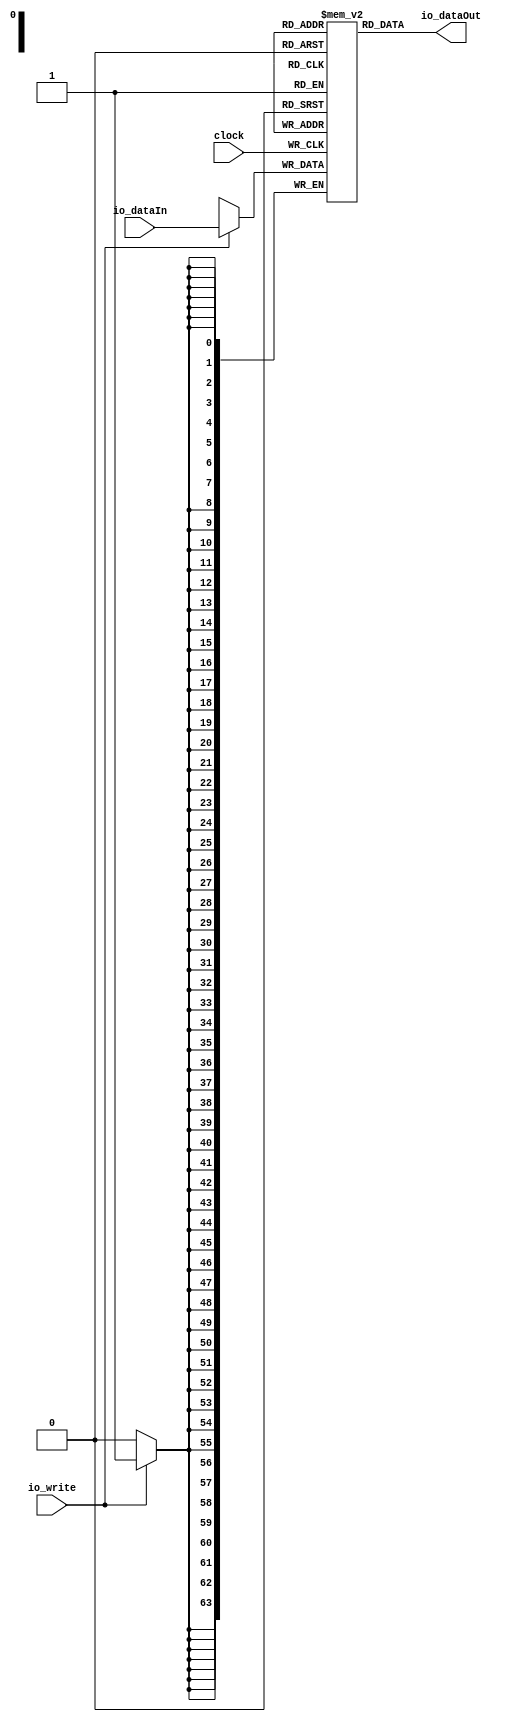
module RWSmem(
  input         clock,
  input         io_write,
  input  [63:0] io_dataIn,
  output [63:0] io_dataOut
);
`ifdef RANDOMIZE_MEM_INIT
  reg [63:0] _RAND_0;
`endif // RANDOMIZE_MEM_INIT
`ifdef RANDOMIZE_REG_INIT
  reg [31:0] _RAND_1;
  reg [31:0] _RAND_2;
`endif // RANDOMIZE_REG_INIT
  reg [63:0] mem [0:0]; // @[intervox_transmitter.scala 19:24]
  wire  mem_rdwrPort_r_en; // @[intervox_transmitter.scala 19:24]
  wire  mem_rdwrPort_r_addr; // @[intervox_transmitter.scala 19:24]
  wire [63:0] mem_rdwrPort_r_data; // @[intervox_transmitter.scala 19:24]
  wire [63:0] mem_rdwrPort_w_data; // @[intervox_transmitter.scala 19:24]
  wire  mem_rdwrPort_w_addr; // @[intervox_transmitter.scala 19:24]
  wire  mem_rdwrPort_w_mask; // @[intervox_transmitter.scala 19:24]
  wire  mem_rdwrPort_w_en; // @[intervox_transmitter.scala 19:24]
  reg  mem_rdwrPort_r_en_pipe_0;
  reg  mem_rdwrPort_r_addr_pipe_0;
  assign mem_rdwrPort_r_en = mem_rdwrPort_r_en_pipe_0;
  assign mem_rdwrPort_r_addr = mem_rdwrPort_r_addr_pipe_0;
  assign mem_rdwrPort_r_data = mem[mem_rdwrPort_r_addr]; // @[intervox_transmitter.scala 19:24]
  assign mem_rdwrPort_w_data = io_dataIn;
  assign mem_rdwrPort_w_addr = 1'h0;
  assign mem_rdwrPort_w_mask = io_write;
  assign mem_rdwrPort_w_en = 1'h1 & io_write;
  assign io_dataOut = mem_rdwrPort_r_data; // @[intervox_transmitter.scala 25:21 26:34]
  always @(posedge clock) begin
    if (mem_rdwrPort_w_en & mem_rdwrPort_w_mask) begin
      mem[mem_rdwrPort_w_addr] <= mem_rdwrPort_w_data; // @[intervox_transmitter.scala 19:24]
    end
    mem_rdwrPort_r_en_pipe_0 <= 1'h1 & ~io_write;
    if (1'h1 & ~io_write) begin
      mem_rdwrPort_r_addr_pipe_0 <= 1'h0;
    end
  end
// Register and memory initialization
`ifdef RANDOMIZE_GARBAGE_ASSIGN
`define RANDOMIZE
`endif
`ifdef RANDOMIZE_INVALID_ASSIGN
`define RANDOMIZE
`endif
`ifdef RANDOMIZE_REG_INIT
`define RANDOMIZE
`endif
`ifdef RANDOMIZE_MEM_INIT
`define RANDOMIZE
`endif
`ifndef RANDOM
`define RANDOM $random
`endif
`ifdef RANDOMIZE_MEM_INIT
  integer initvar;
`endif
`ifndef SYNTHESIS
`ifdef FIRRTL_BEFORE_INITIAL
`FIRRTL_BEFORE_INITIAL
`endif
initial begin
  `ifdef RANDOMIZE
    `ifdef INIT_RANDOM
      `INIT_RANDOM
    `endif
    `ifndef VERILATOR
      `ifdef RANDOMIZE_DELAY
        #`RANDOMIZE_DELAY begin end
      `else
        #0.002 begin end
      `endif
    `endif
`ifdef RANDOMIZE_MEM_INIT
  _RAND_0 = {2{`RANDOM}};
  for (initvar = 0; initvar < 1; initvar = initvar+1)
    mem[initvar] = _RAND_0[63:0];
`endif // RANDOMIZE_MEM_INIT
`ifdef RANDOMIZE_REG_INIT
  _RAND_1 = {1{`RANDOM}};
  mem_rdwrPort_r_en_pipe_0 = _RAND_1[0:0];
  _RAND_2 = {1{`RANDOM}};
  mem_rdwrPort_r_addr_pipe_0 = _RAND_2[0:0];
`endif // RANDOMIZE_REG_INIT
  `endif // RANDOMIZE
end // initial
`ifdef FIRRTL_AFTER_INITIAL
`FIRRTL_AFTER_INITIAL
`endif
`endif // SYNTHESIS
endmodule
module biPhaseEncoder(
  input         clock,
  input         reset,
  output        io_DATA_OUT,
  input  [63:0] io_AUDIOINPUT,
  input  [63:0] io_DSPINPUT,
  input         io_ENA,
  input         io_CLK
);
`ifdef RANDOMIZE_REG_INIT
  reg [31:0] _RAND_0;
  reg [63:0] _RAND_1;
  reg [31:0] _RAND_2;
  reg [31:0] _RAND_3;
  reg [31:0] _RAND_4;
  reg [31:0] _RAND_5;
  reg [31:0] _RAND_6;
  reg [31:0] _RAND_7;
`endif // RANDOMIZE_REG_INIT
  reg  outReg; // @[intervox_transmitter.scala 38:32]
  reg [63:0] stereoData; // @[intervox_transmitter.scala 39:32]
  reg [15:0] dspData; // @[intervox_transmitter.scala 40:32]
  reg [7:0] bitCntr_enc; // @[intervox_transmitter.scala 41:32]
  reg  hasNone; // @[intervox_transmitter.scala 42:32]
  reg [5:0] dataIndex; // @[intervox_transmitter.scala 44:32]
  reg  ndexR; // @[intervox_transmitter.scala 45:32]
  reg  enabled; // @[intervox_transmitter.scala 46:32]
  wire [7:0] _bitCntr_enc_T_1 = bitCntr_enc + 8'h1; // @[intervox_transmitter.scala 60:38]
  wire  _outReg_T = ~outReg; // @[intervox_transmitter.scala 70:23]
  wire  _GEN_0 = bitCntr_enc == 8'h3 ? ~outReg : outReg; // @[intervox_transmitter.scala 69:36 70:20 38:32]
  wire  _GEN_1 = bitCntr_enc == 8'h4 ? _outReg_T : _GEN_0; // @[intervox_transmitter.scala 73:36 74:20]
  wire  _GEN_2 = bitCntr_enc == 8'h5 ? _outReg_T : _GEN_1; // @[intervox_transmitter.scala 76:36 77:20]
  wire [5:0] _dataIndex_T_1 = dataIndex + 6'h1; // @[intervox_transmitter.scala 87:38]
  wire [5:0] _GEN_3 = ndexR ? _dataIndex_T_1 : dataIndex; // @[intervox_transmitter.scala 85:32 87:25 44:32]
  wire [5:0] _T_10 = 6'h3e - dataIndex; // @[intervox_transmitter.scala 106:41]
  wire [63:0] _T_11 = stereoData >> _T_10; // @[intervox_transmitter.scala 106:35]
  wire  _GEN_4 = ~_T_11[0] | hasNone; // @[intervox_transmitter.scala 106:66 108:29 42:32]
  wire  _GEN_5 = ndexR ? _GEN_4 : hasNone; // @[intervox_transmitter.scala 105:36 42:32]
  wire  _GEN_6 = bitCntr_enc < 8'h35 ? _GEN_5 : hasNone; // @[intervox_transmitter.scala 103:37 42:32]
  wire [5:0] _T_19 = dataIndex - 6'h18; // @[intervox_transmitter.scala 120:53]
  wire [5:0] _T_21 = 6'h26 - _T_19; // @[intervox_transmitter.scala 120:40]
  wire [63:0] _T_22 = stereoData >> _T_21; // @[intervox_transmitter.scala 120:33]
  wire  _GEN_7 = ~_T_22[0] | _GEN_6; // @[intervox_transmitter.scala 120:73 121:27]
  wire  _GEN_8 = ndexR ? _GEN_7 : _GEN_6; // @[intervox_transmitter.scala 119:34]
  wire  _GEN_9 = bitCntr_enc >= 8'h35 & bitCntr_enc < 8'h65 ? _GEN_8 : _GEN_6; // @[intervox_transmitter.scala 117:64]
  wire [5:0] _T_30 = dataIndex - 6'h30; // @[intervox_transmitter.scala 132:42]
  wire [15:0] _T_31 = dspData >> _T_30; // @[intervox_transmitter.scala 132:30]
  wire  _GEN_10 = ~_T_31[0] | _GEN_9; // @[intervox_transmitter.scala 132:62 133:27]
  wire  _GEN_11 = ndexR ? _GEN_10 : _GEN_9; // @[intervox_transmitter.scala 131:34]
  wire  _GEN_12 = bitCntr_enc >= 8'h65 & bitCntr_enc <= 8'h7f ? _GEN_11 : _GEN_9; // @[intervox_transmitter.scala 130:66]
  wire  _GEN_13 = hasNone ? outReg : _outReg_T; // @[intervox_transmitter.scala 143:34 145:22 150:24]
  wire  _GEN_14 = hasNone ? 1'h0 : _GEN_12; // @[intervox_transmitter.scala 143:34 146:23]
  wire [5:0] _GEN_16 = bitCntr_enc > 8'h5 ? _GEN_3 : dataIndex; // @[intervox_transmitter.scala 44:32 81:36]
  wire [63:0] _GEN_34 = reset ? 64'h0 : io_DSPINPUT; // @[intervox_transmitter.scala 40:{32,32} 51:17]
  assign io_DATA_OUT = outReg; // @[intervox_transmitter.scala 48:17]
  always @(posedge clock) begin
    if (reset) begin // @[intervox_transmitter.scala 38:32]
      outReg <= 1'h0; // @[intervox_transmitter.scala 38:32]
    end else if (io_CLK) begin // @[intervox_transmitter.scala 55:25]
      if (enabled) begin // @[intervox_transmitter.scala 57:28]
        if (bitCntr_enc > 8'h5) begin // @[intervox_transmitter.scala 81:36]
          outReg <= _GEN_13;
        end else begin
          outReg <= _GEN_2;
        end
      end
    end
    if (reset) begin // @[intervox_transmitter.scala 39:32]
      stereoData <= 64'h0; // @[intervox_transmitter.scala 39:32]
    end else begin
      stereoData <= io_AUDIOINPUT; // @[intervox_transmitter.scala 50:17]
    end
    dspData <= _GEN_34[15:0]; // @[intervox_transmitter.scala 40:{32,32} 51:17]
    if (reset) begin // @[intervox_transmitter.scala 41:32]
      bitCntr_enc <= 8'h0; // @[intervox_transmitter.scala 41:32]
    end else if (io_CLK) begin // @[intervox_transmitter.scala 55:25]
      if (enabled) begin // @[intervox_transmitter.scala 57:28]
        if (bitCntr_enc == 8'h7f) begin // @[intervox_transmitter.scala 155:38]
          bitCntr_enc <= 8'h0; // @[intervox_transmitter.scala 156:25]
        end else begin
          bitCntr_enc <= _bitCntr_enc_T_1; // @[intervox_transmitter.scala 60:23]
        end
      end
    end
    if (reset) begin // @[intervox_transmitter.scala 42:32]
      hasNone <= 1'h0; // @[intervox_transmitter.scala 42:32]
    end else if (io_CLK) begin // @[intervox_transmitter.scala 55:25]
      if (enabled) begin // @[intervox_transmitter.scala 57:28]
        if (bitCntr_enc > 8'h5) begin // @[intervox_transmitter.scala 81:36]
          hasNone <= _GEN_14;
        end
      end
    end
    if (reset) begin // @[intervox_transmitter.scala 44:32]
      dataIndex <= 6'h0; // @[intervox_transmitter.scala 44:32]
    end else if (io_CLK) begin // @[intervox_transmitter.scala 55:25]
      if (enabled) begin // @[intervox_transmitter.scala 57:28]
        if (bitCntr_enc == 8'h7f) begin // @[intervox_transmitter.scala 155:38]
          dataIndex <= 6'h0; // @[intervox_transmitter.scala 157:23]
        end else begin
          dataIndex <= _GEN_16;
        end
      end
    end
    if (reset) begin // @[intervox_transmitter.scala 45:32]
      ndexR <= 1'h0; // @[intervox_transmitter.scala 45:32]
    end else if (io_CLK) begin // @[intervox_transmitter.scala 55:25]
      if (enabled) begin // @[intervox_transmitter.scala 57:28]
        if (bitCntr_enc > 8'h5) begin // @[intervox_transmitter.scala 81:36]
          ndexR <= ~ndexR; // @[intervox_transmitter.scala 84:19]
        end
      end
    end
    if (reset) begin // @[intervox_transmitter.scala 46:32]
      enabled <= 1'h0; // @[intervox_transmitter.scala 46:32]
    end else if (io_CLK) begin // @[intervox_transmitter.scala 55:25]
      if (enabled) begin // @[intervox_transmitter.scala 57:28]
        if (bitCntr_enc == 8'h7f) begin // @[intervox_transmitter.scala 155:38]
          enabled <= 1'h0; // @[intervox_transmitter.scala 158:21]
        end else begin
          enabled <= io_ENA; // @[intervox_transmitter.scala 52:17]
        end
      end else begin
        enabled <= io_ENA; // @[intervox_transmitter.scala 52:17]
      end
    end else begin
      enabled <= io_ENA; // @[intervox_transmitter.scala 52:17]
    end
  end
// Register and memory initialization
`ifdef RANDOMIZE_GARBAGE_ASSIGN
`define RANDOMIZE
`endif
`ifdef RANDOMIZE_INVALID_ASSIGN
`define RANDOMIZE
`endif
`ifdef RANDOMIZE_REG_INIT
`define RANDOMIZE
`endif
`ifdef RANDOMIZE_MEM_INIT
`define RANDOMIZE
`endif
`ifndef RANDOM
`define RANDOM $random
`endif
`ifdef RANDOMIZE_MEM_INIT
  integer initvar;
`endif
`ifndef SYNTHESIS
`ifdef FIRRTL_BEFORE_INITIAL
`FIRRTL_BEFORE_INITIAL
`endif
initial begin
  `ifdef RANDOMIZE
    `ifdef INIT_RANDOM
      `INIT_RANDOM
    `endif
    `ifndef VERILATOR
      `ifdef RANDOMIZE_DELAY
        #`RANDOMIZE_DELAY begin end
      `else
        #0.002 begin end
      `endif
    `endif
`ifdef RANDOMIZE_REG_INIT
  _RAND_0 = {1{`RANDOM}};
  outReg = _RAND_0[0:0];
  _RAND_1 = {2{`RANDOM}};
  stereoData = _RAND_1[63:0];
  _RAND_2 = {1{`RANDOM}};
  dspData = _RAND_2[15:0];
  _RAND_3 = {1{`RANDOM}};
  bitCntr_enc = _RAND_3[7:0];
  _RAND_4 = {1{`RANDOM}};
  hasNone = _RAND_4[0:0];
  _RAND_5 = {1{`RANDOM}};
  dataIndex = _RAND_5[5:0];
  _RAND_6 = {1{`RANDOM}};
  ndexR = _RAND_6[0:0];
  _RAND_7 = {1{`RANDOM}};
  enabled = _RAND_7[0:0];
`endif // RANDOMIZE_REG_INIT
  `endif // RANDOMIZE
end // initial
`ifdef FIRRTL_AFTER_INITIAL
`FIRRTL_AFTER_INITIAL
`endif
`endif // SYNTHESIS
endmodule
module edgeDetector(
  input   clock,
  input   reset,
  input   io_INPUT,
  output  io_TRAIL,
  output  io_RISE,
  output  io_CHANGE
);
`ifdef RANDOMIZE_REG_INIT
  reg [31:0] _RAND_0;
  reg [31:0] _RAND_1;
  reg [31:0] _RAND_2;
  reg [31:0] _RAND_3;
  reg [31:0] _RAND_4;
`endif // RANDOMIZE_REG_INIT
  reg [1:0] inBufr; // @[intervox_transmitter.scala 172:34]
  reg [1:0] inBufrPrev; // @[intervox_transmitter.scala 173:34]
  reg  trailing; // @[intervox_transmitter.scala 174:34]
  reg  rising; // @[intervox_transmitter.scala 175:34]
  reg  change; // @[intervox_transmitter.scala 176:34]
  wire [1:0] _inBufr_T_1 = inBufr + 2'h1; // @[intervox_transmitter.scala 186:35]
  wire [1:0] _inBufr_T_3 = inBufr - 2'h1; // @[intervox_transmitter.scala 193:35]
  wire  _GEN_8 = inBufr[0] ^ inBufr[1] | change; // @[intervox_transmitter.scala 199:36 200:17 176:34]
  wire  _T_8 = inBufr == 2'h1; // @[intervox_transmitter.scala 203:41]
  wire  _GEN_9 = inBufrPrev == 2'h0 & inBufr == 2'h1 ? 1'h0 : trailing; // @[intervox_transmitter.scala 203:50 204:17 174:34]
  wire  _GEN_10 = inBufrPrev == 2'h0 & inBufr == 2'h1 | rising; // @[intervox_transmitter.scala 203:50 205:17 175:34]
  wire  _GEN_11 = inBufrPrev == 2'h0 & inBufr == 2'h1 | _GEN_8; // @[intervox_transmitter.scala 203:50 206:17]
  wire  _GEN_12 = inBufrPrev == 2'h2 & _T_8 | _GEN_9; // @[intervox_transmitter.scala 209:50 210:17]
  wire  _GEN_14 = inBufrPrev == 2'h2 & _T_8 | _GEN_11; // @[intervox_transmitter.scala 209:50 212:17]
  assign io_TRAIL = trailing; // @[intervox_transmitter.scala 223:13]
  assign io_RISE = rising; // @[intervox_transmitter.scala 224:13]
  assign io_CHANGE = change; // @[intervox_transmitter.scala 222:13]
  always @(posedge clock) begin
    if (reset) begin // @[intervox_transmitter.scala 172:34]
      inBufr <= 2'h0; // @[intervox_transmitter.scala 172:34]
    end else if (io_INPUT) begin // @[intervox_transmitter.scala 182:21]
      if (inBufr < 2'h2) begin // @[intervox_transmitter.scala 184:27]
        inBufr <= _inBufr_T_1; // @[intervox_transmitter.scala 186:25]
      end
    end else if (~io_INPUT) begin // @[intervox_transmitter.scala 182:21]
      if (inBufr > 2'h0) begin // @[intervox_transmitter.scala 191:27]
        inBufr <= _inBufr_T_3; // @[intervox_transmitter.scala 193:25]
      end
    end
    if (reset) begin // @[intervox_transmitter.scala 173:34]
      inBufrPrev <= 2'h0; // @[intervox_transmitter.scala 173:34]
    end else if (io_INPUT) begin // @[intervox_transmitter.scala 182:21]
      if (inBufr < 2'h2) begin // @[intervox_transmitter.scala 184:27]
        inBufrPrev <= inBufr; // @[intervox_transmitter.scala 187:25]
      end
    end else if (~io_INPUT) begin // @[intervox_transmitter.scala 182:21]
      if (inBufr > 2'h0) begin // @[intervox_transmitter.scala 191:27]
        inBufrPrev <= inBufr; // @[intervox_transmitter.scala 194:25]
      end
    end
    if (reset) begin // @[intervox_transmitter.scala 174:34]
      trailing <= 1'h0; // @[intervox_transmitter.scala 174:34]
    end else if (trailing) begin // @[intervox_transmitter.scala 215:27]
      trailing <= 1'h0; // @[intervox_transmitter.scala 215:37]
    end else begin
      trailing <= _GEN_12;
    end
    if (reset) begin // @[intervox_transmitter.scala 175:34]
      rising <= 1'h0; // @[intervox_transmitter.scala 175:34]
    end else if (rising) begin // @[intervox_transmitter.scala 216:27]
      rising <= 1'h0; // @[intervox_transmitter.scala 216:37]
    end else if (inBufrPrev == 2'h2 & _T_8) begin // @[intervox_transmitter.scala 209:50]
      rising <= 1'h0; // @[intervox_transmitter.scala 211:17]
    end else begin
      rising <= _GEN_10;
    end
    if (reset) begin // @[intervox_transmitter.scala 176:34]
      change <= 1'h0; // @[intervox_transmitter.scala 176:34]
    end else if (change) begin // @[intervox_transmitter.scala 218:25]
      change <= 1'h0; // @[intervox_transmitter.scala 219:16]
    end else begin
      change <= _GEN_14;
    end
  end
// Register and memory initialization
`ifdef RANDOMIZE_GARBAGE_ASSIGN
`define RANDOMIZE
`endif
`ifdef RANDOMIZE_INVALID_ASSIGN
`define RANDOMIZE
`endif
`ifdef RANDOMIZE_REG_INIT
`define RANDOMIZE
`endif
`ifdef RANDOMIZE_MEM_INIT
`define RANDOMIZE
`endif
`ifndef RANDOM
`define RANDOM $random
`endif
`ifdef RANDOMIZE_MEM_INIT
  integer initvar;
`endif
`ifndef SYNTHESIS
`ifdef FIRRTL_BEFORE_INITIAL
`FIRRTL_BEFORE_INITIAL
`endif
initial begin
  `ifdef RANDOMIZE
    `ifdef INIT_RANDOM
      `INIT_RANDOM
    `endif
    `ifndef VERILATOR
      `ifdef RANDOMIZE_DELAY
        #`RANDOMIZE_DELAY begin end
      `else
        #0.002 begin end
      `endif
    `endif
`ifdef RANDOMIZE_REG_INIT
  _RAND_0 = {1{`RANDOM}};
  inBufr = _RAND_0[1:0];
  _RAND_1 = {1{`RANDOM}};
  inBufrPrev = _RAND_1[1:0];
  _RAND_2 = {1{`RANDOM}};
  trailing = _RAND_2[0:0];
  _RAND_3 = {1{`RANDOM}};
  rising = _RAND_3[0:0];
  _RAND_4 = {1{`RANDOM}};
  change = _RAND_4[0:0];
`endif // RANDOMIZE_REG_INIT
  `endif // RANDOMIZE
end // initial
`ifdef FIRRTL_AFTER_INITIAL
`FIRRTL_AFTER_INITIAL
`endif
`endif // SYNTHESIS
endmodule
module interVox_Encoder(
  input         clock,
  input         reset,
  output        io_MCLK_O,
  input         io_BCLK_IN,
  input         io_LRCLK_IN,
  input         io_SDATA_IN,
  output        io_DATA_O,
  output        io_LRCLK_O,
  output        io_BCLK_O,
  output        io_SDATA_O,
  output        io_NXT_FRAME,
  input  [15:0] io_SW,
  output [15:0] io_LED,
  input         io_BTN_C,
  input         io_BTN_D,
  input         io_BTN_L,
  input         io_BTN_R
);
`ifdef RANDOMIZE_REG_INIT
  reg [31:0] _RAND_0;
  reg [31:0] _RAND_1;
  reg [31:0] _RAND_2;
  reg [31:0] _RAND_3;
  reg [31:0] _RAND_4;
  reg [31:0] _RAND_5;
  reg [31:0] _RAND_6;
  reg [31:0] _RAND_7;
  reg [31:0] _RAND_8;
`endif // RANDOMIZE_REG_INIT
  wire  BFR_clock; // @[intervox_transmitter.scala 266:33]
  wire  BFR_io_write; // @[intervox_transmitter.scala 266:33]
  wire [63:0] BFR_io_dataIn; // @[intervox_transmitter.scala 266:33]
  wire [63:0] BFR_io_dataOut; // @[intervox_transmitter.scala 266:33]
  wire  BFR1_clock; // @[intervox_transmitter.scala 267:33]
  wire  BFR1_io_write; // @[intervox_transmitter.scala 267:33]
  wire [63:0] BFR1_io_dataIn; // @[intervox_transmitter.scala 267:33]
  wire [63:0] BFR1_io_dataOut; // @[intervox_transmitter.scala 267:33]
  wire  biPhaseEncoder_clock; // @[intervox_transmitter.scala 269:35]
  wire  biPhaseEncoder_reset; // @[intervox_transmitter.scala 269:35]
  wire  biPhaseEncoder_io_DATA_OUT; // @[intervox_transmitter.scala 269:35]
  wire [63:0] biPhaseEncoder_io_AUDIOINPUT; // @[intervox_transmitter.scala 269:35]
  wire [63:0] biPhaseEncoder_io_DSPINPUT; // @[intervox_transmitter.scala 269:35]
  wire  biPhaseEncoder_io_ENA; // @[intervox_transmitter.scala 269:35]
  wire  biPhaseEncoder_io_CLK; // @[intervox_transmitter.scala 269:35]
  wire  LREDGE_clock; // @[intervox_transmitter.scala 271:33]
  wire  LREDGE_reset; // @[intervox_transmitter.scala 271:33]
  wire  LREDGE_io_INPUT; // @[intervox_transmitter.scala 271:33]
  wire  LREDGE_io_TRAIL; // @[intervox_transmitter.scala 271:33]
  wire  LREDGE_io_RISE; // @[intervox_transmitter.scala 271:33]
  wire  LREDGE_io_CHANGE; // @[intervox_transmitter.scala 271:33]
  wire  BCLKEDGE_clock; // @[intervox_transmitter.scala 273:33]
  wire  BCLKEDGE_reset; // @[intervox_transmitter.scala 273:33]
  wire  BCLKEDGE_io_INPUT; // @[intervox_transmitter.scala 273:33]
  wire  BCLKEDGE_io_TRAIL; // @[intervox_transmitter.scala 273:33]
  wire  BCLKEDGE_io_RISE; // @[intervox_transmitter.scala 273:33]
  wire  BCLKEDGE_io_CHANGE; // @[intervox_transmitter.scala 273:33]
  wire  DATAEDGE_clock; // @[intervox_transmitter.scala 275:33]
  wire  DATAEDGE_reset; // @[intervox_transmitter.scala 275:33]
  wire  DATAEDGE_io_INPUT; // @[intervox_transmitter.scala 275:33]
  wire  DATAEDGE_io_TRAIL; // @[intervox_transmitter.scala 275:33]
  wire  DATAEDGE_io_RISE; // @[intervox_transmitter.scala 275:33]
  wire  DATAEDGE_io_CHANGE; // @[intervox_transmitter.scala 275:33]
  reg [1:0] currentState; // @[intervox_transmitter.scala 248:33]
  reg  syncing; // @[intervox_transmitter.scala 250:34]
  reg  synced; // @[intervox_transmitter.scala 251:34]
  reg  biPhaseEna; // @[intervox_transmitter.scala 252:34]
  reg [15:0] leds; // @[intervox_transmitter.scala 255:34]
  reg [15:0] left; // @[intervox_transmitter.scala 256:34]
  reg [15:0] right; // @[intervox_transmitter.scala 257:34]
  reg [15:0] dspData; // @[intervox_transmitter.scala 258:34]
  reg [7:0] bitCntr; // @[intervox_transmitter.scala 264:34]
  wire  _GEN_0 = LREDGE_io_TRAIL | syncing; // @[intervox_transmitter.scala 323:34 324:15 250:34]
  wire [7:0] _bitCntr_T_1 = bitCntr + 8'h1; // @[intervox_transmitter.scala 327:30]
  wire  _GEN_1 = LREDGE_io_RISE | synced; // @[intervox_transmitter.scala 329:35 330:19 251:34]
  wire [7:0] _GEN_2 = LREDGE_io_RISE ? 8'h0 : _bitCntr_T_1; // @[intervox_transmitter.scala 327:19 329:35 331:19]
  wire [7:0] _GEN_3 = syncing ? _GEN_2 : bitCntr; // @[intervox_transmitter.scala 326:27 264:34]
  wire [7:0] _GEN_6 = ~synced ? _GEN_3 : bitCntr; // @[intervox_transmitter.scala 321:23 264:34]
  wire  _T_8 = BCLKEDGE_io_RISE; // @[intervox_transmitter.scala 365:31]
  wire  _T_11 = ~io_SDATA_IN; // @[intervox_transmitter.scala 387:33]
  wire [7:0] _BFR_io_dataIn_T_1 = bitCntr - 8'h1e; // @[intervox_transmitter.scala 391:80]
  wire [7:0] _BFR_io_dataIn_T_3 = 8'h27 - _BFR_io_dataIn_T_1; // @[intervox_transmitter.scala 391:69]
  wire [255:0] _BFR_io_dataIn_T_4 = 256'h0 << _BFR_io_dataIn_T_3; // @[intervox_transmitter.scala 391:60]
  wire [255:0] _GEN_89 = {{192'd0}, BFR_io_dataOut}; // @[intervox_transmitter.scala 391:53]
  wire [255:0] _BFR_io_dataIn_T_5 = _GEN_89 | _BFR_io_dataIn_T_4; // @[intervox_transmitter.scala 391:53]
  wire [255:0] _GEN_8 = ~io_SDATA_IN ? _BFR_io_dataIn_T_5 : 256'h0; // @[intervox_transmitter.scala 290:25 387:42 391:35]
  wire [255:0] _BFR_io_dataIn_T_10 = 256'h1 << _BFR_io_dataIn_T_3; // @[intervox_transmitter.scala 394:60]
  wire [255:0] _BFR_io_dataIn_T_11 = _GEN_89 | _BFR_io_dataIn_T_10; // @[intervox_transmitter.scala 394:53]
  wire [255:0] _GEN_9 = io_SDATA_IN ? _BFR_io_dataIn_T_11 : _GEN_8; // @[intervox_transmitter.scala 393:42 394:35]
  wire [7:0] _BFR_io_dataIn_T_15 = 8'h3f - _bitCntr_T_1; // @[intervox_transmitter.scala 402:69]
  wire [255:0] _BFR_io_dataIn_T_16 = 256'h0 << _BFR_io_dataIn_T_15; // @[intervox_transmitter.scala 402:60]
  wire [255:0] _BFR_io_dataIn_T_17 = _GEN_89 | _BFR_io_dataIn_T_16; // @[intervox_transmitter.scala 402:53]
  wire [255:0] _GEN_10 = _T_11 ? _BFR_io_dataIn_T_17 : 256'h0; // @[intervox_transmitter.scala 290:25 399:43 402:35]
  wire [255:0] _BFR_io_dataIn_T_22 = 256'h1 << _BFR_io_dataIn_T_15; // @[intervox_transmitter.scala 405:61]
  wire [255:0] _BFR_io_dataIn_T_23 = _GEN_89 | _BFR_io_dataIn_T_22; // @[intervox_transmitter.scala 405:53]
  wire [255:0] _GEN_11 = io_SDATA_IN ? _BFR_io_dataIn_T_23 : _GEN_10; // @[intervox_transmitter.scala 404:42 405:35]
  wire [255:0] _GEN_13 = bitCntr > 8'h1f ? _GEN_9 : _GEN_11; // @[intervox_transmitter.scala 383:33]
  wire [15:0] _GEN_14 = io_BTN_L ? io_SW : left; // @[intervox_transmitter.scala 416:35 418:23 256:34]
  wire [15:0] _GEN_15 = io_BTN_L ? left : leds; // @[intervox_transmitter.scala 416:35 419:23 255:34]
  wire [15:0] _GEN_16 = io_BTN_R ? io_SW : right; // @[intervox_transmitter.scala 421:35 423:23 257:34]
  wire [15:0] _GEN_17 = io_BTN_R ? right : _GEN_15; // @[intervox_transmitter.scala 421:35 424:23]
  wire [15:0] _GEN_18 = io_BTN_C ? io_SW : dspData; // @[intervox_transmitter.scala 426:35 428:23 258:34]
  wire [15:0] _GEN_19 = io_BTN_C ? dspData : _GEN_17; // @[intervox_transmitter.scala 426:35 429:23]
  wire [62:0] _GEN_93 = {left, 47'h0}; // @[intervox_transmitter.scala 436:36]
  wire [78:0] _BFR_io_dataIn_T_24 = {{16'd0}, _GEN_93}; // @[intervox_transmitter.scala 436:36]
  wire [38:0] _GEN_94 = {right, 23'h0}; // @[intervox_transmitter.scala 436:56]
  wire [46:0] _BFR_io_dataIn_T_25 = {{8'd0}, _GEN_94}; // @[intervox_transmitter.scala 436:56]
  wire [78:0] _GEN_95 = {{32'd0}, _BFR_io_dataIn_T_25}; // @[intervox_transmitter.scala 436:47]
  wire [78:0] _BFR_io_dataIn_T_26 = _BFR_io_dataIn_T_24 | _GEN_95; // @[intervox_transmitter.scala 436:47]
  wire [255:0] _GEN_21 = io_SW == 16'h0 ? _GEN_13 : {{177'd0}, _BFR_io_dataIn_T_26}; // @[intervox_transmitter.scala 381:30 436:27]
  wire [15:0] _GEN_22 = io_SW == 16'h0 ? left : _GEN_14; // @[intervox_transmitter.scala 381:30 256:34]
  wire [15:0] _GEN_23 = io_SW == 16'h0 ? leds : _GEN_19; // @[intervox_transmitter.scala 381:30 255:34]
  wire [15:0] _GEN_24 = io_SW == 16'h0 ? right : _GEN_16; // @[intervox_transmitter.scala 381:30 257:34]
  wire [15:0] _GEN_25 = io_SW == 16'h0 ? dspData : _GEN_18; // @[intervox_transmitter.scala 381:30 258:34]
  wire  _T_18 = bitCntr == 8'h3f; // @[intervox_transmitter.scala 439:24]
  wire [63:0] _leds_T = {{47'd0}, BFR1_io_dataOut[63:47]}; // @[intervox_transmitter.scala 455:40]
  wire [63:0] _leds_T_1 = _leds_T & 64'hffff; // @[intervox_transmitter.scala 455:49]
  wire [63:0] _GEN_26 = io_BTN_D ? _leds_T_1 : {{48'd0}, _GEN_23}; // @[intervox_transmitter.scala 453:35 455:20]
  wire [63:0] _GEN_29 = BFR_io_dataOut; // @[intervox_transmitter.scala 294:25 439:33 445:32]
  wire [255:0] _GEN_30 = bitCntr == 8'h3f ? 256'h0 : _GEN_21; // @[intervox_transmitter.scala 439:33 449:28]
  wire [63:0] _GEN_31 = bitCntr == 8'h3f ? _GEN_26 : {{48'd0}, _GEN_23}; // @[intervox_transmitter.scala 439:33]
  wire [7:0] _GEN_32 = bitCntr == 8'h3f ? 8'h0 : _bitCntr_T_1; // @[intervox_transmitter.scala 371:19 439:33 458:21]
  wire  _GEN_33 = BCLKEDGE_io_RISE | biPhaseEna; // @[intervox_transmitter.scala 365:39 368:23 252:34]
  wire [7:0] _GEN_34 = BCLKEDGE_io_RISE ? _GEN_32 : _GEN_6; // @[intervox_transmitter.scala 365:39]
  wire [255:0] _GEN_36 = BCLKEDGE_io_RISE ? _GEN_30 : 256'h0; // @[intervox_transmitter.scala 290:25 365:39]
  wire [15:0] _GEN_37 = BCLKEDGE_io_RISE ? _GEN_22 : left; // @[intervox_transmitter.scala 256:34 365:39]
  wire [63:0] _GEN_38 = BCLKEDGE_io_RISE ? _GEN_31 : {{48'd0}, leds}; // @[intervox_transmitter.scala 255:34 365:39]
  wire [15:0] _GEN_39 = BCLKEDGE_io_RISE ? _GEN_24 : right; // @[intervox_transmitter.scala 257:34 365:39]
  wire [15:0] _GEN_40 = BCLKEDGE_io_RISE ? _GEN_25 : dspData; // @[intervox_transmitter.scala 258:34 365:39]
  wire  _GEN_41 = BCLKEDGE_io_RISE & _T_18; // @[intervox_transmitter.scala 293:25 365:39]
  wire [63:0] _GEN_42 = BCLKEDGE_io_RISE ? _GEN_29 : BFR_io_dataOut; // @[intervox_transmitter.scala 294:25 365:39]
  wire  _GEN_44 = synced ? _GEN_33 : biPhaseEna; // @[intervox_transmitter.scala 355:29 252:34]
  wire [7:0] _GEN_45 = synced ? _GEN_34 : _GEN_6; // @[intervox_transmitter.scala 355:29]
  wire  _GEN_46 = synced & _T_8; // @[intervox_transmitter.scala 289:25 355:29]
  wire [255:0] _GEN_47 = synced ? _GEN_36 : 256'h0; // @[intervox_transmitter.scala 290:25 355:29]
  wire [15:0] _GEN_48 = synced ? _GEN_37 : left; // @[intervox_transmitter.scala 355:29 256:34]
  wire [63:0] _GEN_49 = synced ? _GEN_38 : {{48'd0}, leds}; // @[intervox_transmitter.scala 355:29 255:34]
  wire [15:0] _GEN_50 = synced ? _GEN_39 : right; // @[intervox_transmitter.scala 355:29 257:34]
  wire [15:0] _GEN_51 = synced ? _GEN_40 : dspData; // @[intervox_transmitter.scala 355:29 258:34]
  wire  _GEN_52 = synced & _GEN_41; // @[intervox_transmitter.scala 293:25 355:29]
  wire [63:0] _GEN_53 = synced ? _GEN_42 : BFR_io_dataOut; // @[intervox_transmitter.scala 294:25 355:29]
  wire [255:0] _GEN_58 = 2'h2 == currentState ? _GEN_47 : 256'h0; // @[intervox_transmitter.scala 343:23 290:25]
  wire [63:0] _GEN_60 = 2'h2 == currentState ? _GEN_49 : {{48'd0}, leds}; // @[intervox_transmitter.scala 343:23 255:34]
  wire [63:0] _GEN_64 = 2'h2 == currentState ? _GEN_53 : BFR_io_dataOut; // @[intervox_transmitter.scala 343:23 294:25]
  wire  _GEN_69 = 2'h1 == currentState ? 1'h0 : 2'h2 == currentState & _GEN_46; // @[intervox_transmitter.scala 343:23 289:25]
  wire [255:0] _GEN_70 = 2'h1 == currentState ? 256'h0 : _GEN_58; // @[intervox_transmitter.scala 343:23 290:25]
  wire [63:0] _GEN_72 = 2'h1 == currentState ? {{48'd0}, leds} : _GEN_60; // @[intervox_transmitter.scala 343:23 255:34]
  wire  _GEN_75 = 2'h1 == currentState ? 1'h0 : 2'h2 == currentState & _GEN_52; // @[intervox_transmitter.scala 343:23 293:25]
  wire [63:0] _GEN_76 = 2'h1 == currentState ? BFR_io_dataOut : _GEN_64; // @[intervox_transmitter.scala 343:23 294:25]
  wire [255:0] _GEN_82 = 2'h0 == currentState ? 256'h0 : _GEN_70; // @[intervox_transmitter.scala 343:23 290:25]
  wire [63:0] _GEN_84 = 2'h0 == currentState ? {{48'd0}, leds} : _GEN_72; // @[intervox_transmitter.scala 343:23 255:34]
  wire [63:0] _GEN_97 = reset ? 64'h0 : _GEN_84; // @[intervox_transmitter.scala 255:{34,34}]
  RWSmem BFR ( // @[intervox_transmitter.scala 266:33]
    .clock(BFR_clock),
    .io_write(BFR_io_write),
    .io_dataIn(BFR_io_dataIn),
    .io_dataOut(BFR_io_dataOut)
  );
  RWSmem BFR1 ( // @[intervox_transmitter.scala 267:33]
    .clock(BFR1_clock),
    .io_write(BFR1_io_write),
    .io_dataIn(BFR1_io_dataIn),
    .io_dataOut(BFR1_io_dataOut)
  );
  biPhaseEncoder biPhaseEncoder ( // @[intervox_transmitter.scala 269:35]
    .clock(biPhaseEncoder_clock),
    .reset(biPhaseEncoder_reset),
    .io_DATA_OUT(biPhaseEncoder_io_DATA_OUT),
    .io_AUDIOINPUT(biPhaseEncoder_io_AUDIOINPUT),
    .io_DSPINPUT(biPhaseEncoder_io_DSPINPUT),
    .io_ENA(biPhaseEncoder_io_ENA),
    .io_CLK(biPhaseEncoder_io_CLK)
  );
  edgeDetector LREDGE ( // @[intervox_transmitter.scala 271:33]
    .clock(LREDGE_clock),
    .reset(LREDGE_reset),
    .io_INPUT(LREDGE_io_INPUT),
    .io_TRAIL(LREDGE_io_TRAIL),
    .io_RISE(LREDGE_io_RISE),
    .io_CHANGE(LREDGE_io_CHANGE)
  );
  edgeDetector BCLKEDGE ( // @[intervox_transmitter.scala 273:33]
    .clock(BCLKEDGE_clock),
    .reset(BCLKEDGE_reset),
    .io_INPUT(BCLKEDGE_io_INPUT),
    .io_TRAIL(BCLKEDGE_io_TRAIL),
    .io_RISE(BCLKEDGE_io_RISE),
    .io_CHANGE(BCLKEDGE_io_CHANGE)
  );
  edgeDetector DATAEDGE ( // @[intervox_transmitter.scala 275:33]
    .clock(DATAEDGE_clock),
    .reset(DATAEDGE_reset),
    .io_INPUT(DATAEDGE_io_INPUT),
    .io_TRAIL(DATAEDGE_io_TRAIL),
    .io_RISE(DATAEDGE_io_RISE),
    .io_CHANGE(DATAEDGE_io_CHANGE)
  );
  assign io_MCLK_O = clock; // @[intervox_transmitter.scala 280:25]
  assign io_DATA_O = biPhaseEncoder_io_DATA_OUT; // @[intervox_transmitter.scala 279:25]
  assign io_LRCLK_O = io_LRCLK_IN; // @[intervox_transmitter.scala 282:25]
  assign io_BCLK_O = io_BCLK_IN; // @[intervox_transmitter.scala 281:25]
  assign io_SDATA_O = io_SDATA_IN; // @[intervox_transmitter.scala 283:25]
  assign io_NXT_FRAME = BCLKEDGE_io_CHANGE; // @[intervox_transmitter.scala 297:33]
  assign io_LED = leds; // @[intervox_transmitter.scala 284:25]
  assign BFR_clock = clock;
  assign BFR_io_write = 2'h0 == currentState ? 1'h0 : _GEN_69; // @[intervox_transmitter.scala 343:23 289:25]
  assign BFR_io_dataIn = _GEN_82[63:0];
  assign BFR1_clock = clock;
  assign BFR1_io_write = 2'h0 == currentState ? 1'h0 : _GEN_75; // @[intervox_transmitter.scala 343:23 293:25]
  assign BFR1_io_dataIn = 2'h0 == currentState ? BFR_io_dataOut : _GEN_76; // @[intervox_transmitter.scala 343:23 294:25]
  assign biPhaseEncoder_clock = clock;
  assign biPhaseEncoder_reset = reset;
  assign biPhaseEncoder_io_AUDIOINPUT = BFR1_io_dataOut; // @[intervox_transmitter.scala 302:33]
  assign biPhaseEncoder_io_DSPINPUT = {{48'd0}, dspData}; // @[intervox_transmitter.scala 304:33]
  assign biPhaseEncoder_io_ENA = biPhaseEna; // @[intervox_transmitter.scala 300:33]
  assign biPhaseEncoder_io_CLK = BCLKEDGE_io_CHANGE; // @[intervox_transmitter.scala 299:33]
  assign LREDGE_clock = clock;
  assign LREDGE_reset = reset;
  assign LREDGE_io_INPUT = io_LRCLK_IN; // @[intervox_transmitter.scala 272:25]
  assign BCLKEDGE_clock = clock;
  assign BCLKEDGE_reset = reset;
  assign BCLKEDGE_io_INPUT = io_BCLK_IN; // @[intervox_transmitter.scala 274:25]
  assign DATAEDGE_clock = clock;
  assign DATAEDGE_reset = reset;
  assign DATAEDGE_io_INPUT = io_SDATA_IN; // @[intervox_transmitter.scala 276:25]
  always @(posedge clock) begin
    if (reset) begin // @[intervox_transmitter.scala 248:33]
      currentState <= 2'h0; // @[intervox_transmitter.scala 248:33]
    end else if (2'h0 == currentState) begin // @[intervox_transmitter.scala 343:23]
      currentState <= 2'h2; // @[intervox_transmitter.scala 347:20]
    end else if (2'h1 == currentState) begin // @[intervox_transmitter.scala 343:23]
      currentState <= 2'h2; // @[intervox_transmitter.scala 351:20]
    end
    if (reset) begin // @[intervox_transmitter.scala 250:34]
      syncing <= 1'h0; // @[intervox_transmitter.scala 250:34]
    end else if (~synced) begin // @[intervox_transmitter.scala 321:23]
      syncing <= _GEN_0;
    end
    if (reset) begin // @[intervox_transmitter.scala 251:34]
      synced <= 1'h0; // @[intervox_transmitter.scala 251:34]
    end else if (~synced) begin // @[intervox_transmitter.scala 321:23]
      if (syncing) begin // @[intervox_transmitter.scala 326:27]
        synced <= _GEN_1;
      end
    end
    if (reset) begin // @[intervox_transmitter.scala 252:34]
      biPhaseEna <= 1'h0; // @[intervox_transmitter.scala 252:34]
    end else if (!(2'h0 == currentState)) begin // @[intervox_transmitter.scala 343:23]
      if (!(2'h1 == currentState)) begin // @[intervox_transmitter.scala 343:23]
        if (2'h2 == currentState) begin // @[intervox_transmitter.scala 343:23]
          biPhaseEna <= _GEN_44;
        end
      end
    end
    leds <= _GEN_97[15:0]; // @[intervox_transmitter.scala 255:{34,34}]
    if (reset) begin // @[intervox_transmitter.scala 256:34]
      left <= 16'h0; // @[intervox_transmitter.scala 256:34]
    end else if (!(2'h0 == currentState)) begin // @[intervox_transmitter.scala 343:23]
      if (!(2'h1 == currentState)) begin // @[intervox_transmitter.scala 343:23]
        if (2'h2 == currentState) begin // @[intervox_transmitter.scala 343:23]
          left <= _GEN_48;
        end
      end
    end
    if (reset) begin // @[intervox_transmitter.scala 257:34]
      right <= 16'h0; // @[intervox_transmitter.scala 257:34]
    end else if (!(2'h0 == currentState)) begin // @[intervox_transmitter.scala 343:23]
      if (!(2'h1 == currentState)) begin // @[intervox_transmitter.scala 343:23]
        if (2'h2 == currentState) begin // @[intervox_transmitter.scala 343:23]
          right <= _GEN_50;
        end
      end
    end
    if (reset) begin // @[intervox_transmitter.scala 258:34]
      dspData <= 16'h0; // @[intervox_transmitter.scala 258:34]
    end else if (!(2'h0 == currentState)) begin // @[intervox_transmitter.scala 343:23]
      if (!(2'h1 == currentState)) begin // @[intervox_transmitter.scala 343:23]
        if (2'h2 == currentState) begin // @[intervox_transmitter.scala 343:23]
          dspData <= _GEN_51;
        end
      end
    end
    if (reset) begin // @[intervox_transmitter.scala 264:34]
      bitCntr <= 8'h0; // @[intervox_transmitter.scala 264:34]
    end else if (2'h0 == currentState) begin // @[intervox_transmitter.scala 343:23]
      bitCntr <= _GEN_6;
    end else if (2'h1 == currentState) begin // @[intervox_transmitter.scala 343:23]
      bitCntr <= _GEN_6;
    end else if (2'h2 == currentState) begin // @[intervox_transmitter.scala 343:23]
      bitCntr <= _GEN_45;
    end else begin
      bitCntr <= _GEN_6;
    end
  end
// Register and memory initialization
`ifdef RANDOMIZE_GARBAGE_ASSIGN
`define RANDOMIZE
`endif
`ifdef RANDOMIZE_INVALID_ASSIGN
`define RANDOMIZE
`endif
`ifdef RANDOMIZE_REG_INIT
`define RANDOMIZE
`endif
`ifdef RANDOMIZE_MEM_INIT
`define RANDOMIZE
`endif
`ifndef RANDOM
`define RANDOM $random
`endif
`ifdef RANDOMIZE_MEM_INIT
  integer initvar;
`endif
`ifndef SYNTHESIS
`ifdef FIRRTL_BEFORE_INITIAL
`FIRRTL_BEFORE_INITIAL
`endif
initial begin
  `ifdef RANDOMIZE
    `ifdef INIT_RANDOM
      `INIT_RANDOM
    `endif
    `ifndef VERILATOR
      `ifdef RANDOMIZE_DELAY
        #`RANDOMIZE_DELAY begin end
      `else
        #0.002 begin end
      `endif
    `endif
`ifdef RANDOMIZE_REG_INIT
  _RAND_0 = {1{`RANDOM}};
  currentState = _RAND_0[1:0];
  _RAND_1 = {1{`RANDOM}};
  syncing = _RAND_1[0:0];
  _RAND_2 = {1{`RANDOM}};
  synced = _RAND_2[0:0];
  _RAND_3 = {1{`RANDOM}};
  biPhaseEna = _RAND_3[0:0];
  _RAND_4 = {1{`RANDOM}};
  leds = _RAND_4[15:0];
  _RAND_5 = {1{`RANDOM}};
  left = _RAND_5[15:0];
  _RAND_6 = {1{`RANDOM}};
  right = _RAND_6[15:0];
  _RAND_7 = {1{`RANDOM}};
  dspData = _RAND_7[15:0];
  _RAND_8 = {1{`RANDOM}};
  bitCntr = _RAND_8[7:0];
`endif // RANDOMIZE_REG_INIT
  `endif // RANDOMIZE
end // initial
`ifdef FIRRTL_AFTER_INITIAL
`FIRRTL_AFTER_INITIAL
`endif
`endif // SYNTHESIS
endmodule